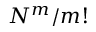
N ^ { m } / m !